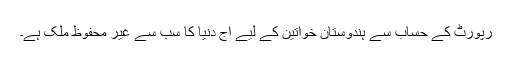
رپورٹ کے حساب سے ہندوستان خواتین کے لیے آج دنیا کا سب سے غیر محفوظ ملک ہے۔